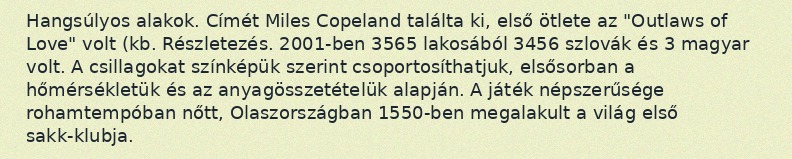
Hangsúlyos alakok. Címét Miles Copeland találta ki, első ötlete az "Outlaws of Love" volt (kb. Részletezés. 2001-ben 3565 lakosából 3456 szlovák és 3 magyar volt. A csillagokat színképük szerint csoportosíthatjuk, elsősorban a hőmérsékletük és az anyagösszetételük alapján. A játék népszerűsége rohamtempóban nőtt, Olaszországban 1550-ben megalakult a világ első sakk-klubja.